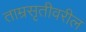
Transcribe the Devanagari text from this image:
ताम्रसृतीवरील